Indian journal of veterinary science and animal husbandry - Volumes 15-17, 1948-1951
Year: 1948
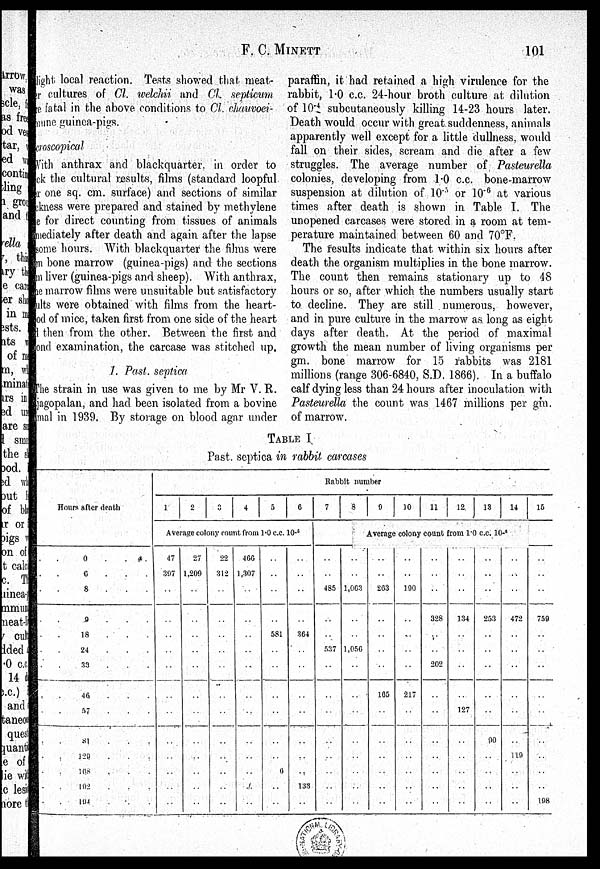
F. C. MINETT
101
light local reaction. Tests showed that meat-
er cultures of Cl. welchii and Cl. septicum
re fatal in the above conditions to Cl. chauvoei-
mune guinea-pigs.
croscopical
With anthrax and blackquarter, in order to
ck the cultural results, films (standard loopful
er one sq. cm. surface) and sections of similar
ckness were prepared and stained by methylene
e for direct counting from tissues of animals
mediately after death and again after the lapse
some hours. With blackquarter the films were
m bone marrow (guinea-pigs) and the sections
in liver (guinea-pigs and sheep). With anthrax,
ne marrow films were unsuitable but satisfactory
ults were obtained with films from the heart-
od of mice, taken first from one side of the heart
then from the other. Between the first and
ond examination, the carcase was stitched up.
1. Past. septica
The strain in use was given to me by Mr V. R.
jagopalan, and had been isolated from a bovine
mal in 1939. By storage on blood agar under
paraffin, it had retained a high virulence for the
rabbit, 1.0 c.c. 24-hour broth culture at dilution
of 10 -4 subcutaneously killing 14-23 hours later.
Death would occur with great suddenness, animals
apparently well except for a little dullness, would
fall on their sides, scream and die after a few
struggles. The average number of Pasteurella
colonies, developing from 1.0 c.c. bone-marrow
suspension at dilution of 10 -5 or 10 -6 at various
times after death is shown in Table I. The
unopened carcases were stored in a room at tem-
perature maintained between 60 and 70°F.
The results indicate that within six hours after
death the organism multiplies in the bone marrow.
The count then remains stationary up to 48
hours or so, after which the numbers usually start
to decline. They are still numerous, however,
and in pure culture in the marrow as. long as eight
days after death. At the period of maximal
growth the mean number of living organisms per
gm. bone marrow for 15 rabbits was 2181
millions (range 306-6840, S.D. 1866). In a buffalo
calf dying less than 24 hours after inoculation with
Pasteurella the count was 1467 millions per gm.
of marrow.
TABLE I
Past. septica in rabbit carcases
Hours after death
. . 0 . . .
. . 6 . . .
. . 8 . . .
. . 9 . . .
. . 18 . . .
. . 24 . . .
. . 33 . . .
. . 46 . . .
. .57 . . .
. . 81 . . .
. . 129 . . .
. . 168 . . .
. . 192 . . .
. . 194 . . .
Rabbit number
1
2
3
4
5
6
Average colony count from 1.0 c.c. 10 -5
47
397
. .
. .
. .
. .
. .
. .
. .
. .
. .
. .
. .
. .
27
1,209
. .
. .
. .
. .
. .
. .
. .
. .
. .
. .
. .
. .
22
312
. .
. .
. .
. .
. .
. .
. .
. .
. .
. .
. .
. .
466
1,307
. .
. .
. .
. .
. .
. .
. .
. .
. .
. .
. .
. .
. .
. .
. .
. .
581
. .
. .
. .
. .
. .
. .
6
. .
. .
. .
. .
. .
. .
364
. .
. .
. .
. .
. .
. .
. .
133
. .
7
8
9
10
11
12
13
14
15
Average colony count from 1.0 c.c. 10 -5
. .
. .
485
. .
. .
537
. .
. .
. .
. .
. .
. .
. .
. .
. .
. .
1,063
. .
. .
1,056
. .
. .
. .
. .
. .
. .
. .
. .
. .
. .
263
. .
. .
. .
. .
165
. .
. .
. .
. .
. .
. .
. .
. .
190
. .
. .
. .
. .
217
. .
. .
. .
. .
. .
. .
. .
. .
. .
328
. .
. .
202
. .
. .
. .
. .
. .
. .
. .
. .
. .
. .
134
. .
. .
. .
. .
127
. .
. .
. .
. .
. .
. .
. .
. .
253
. .
. .
. .
. .
. .
90
. .
. .
. .
. .
. .
. .
. .
472
. .
. .
. .
. .
. .
. .
110
. .
. .
. .
. .
. .
. .
759
. .
. .
. .
. .
. .
. .
. .
. .
. .
198